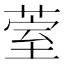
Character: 𮏧